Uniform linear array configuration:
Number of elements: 48
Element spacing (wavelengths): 0.25
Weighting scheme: hann
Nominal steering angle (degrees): -15
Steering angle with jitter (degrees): -14.265
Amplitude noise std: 0.05
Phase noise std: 0.05

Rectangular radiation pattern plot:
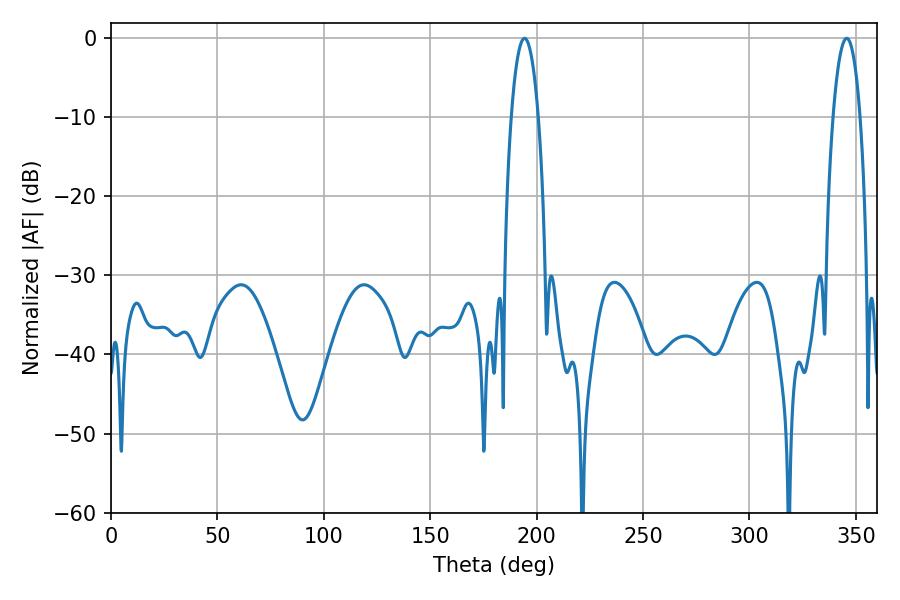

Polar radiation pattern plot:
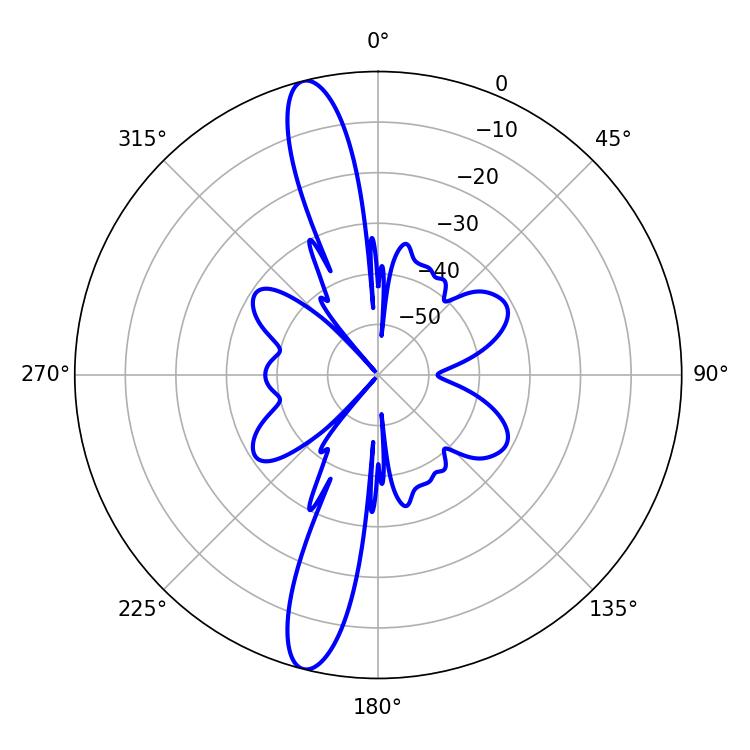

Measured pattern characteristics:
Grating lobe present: FALSE
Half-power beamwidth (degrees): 7.02
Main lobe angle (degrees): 194.22